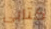
كتابى